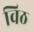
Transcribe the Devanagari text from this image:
विठ